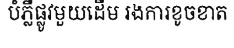
បំភ្លឺផ្លូវមួយដើម រងការខូចខាត